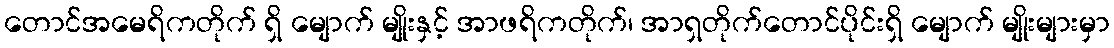
တောင်အမေရိကတိုက် ရှိ မျောက် မျိုးနှင့် အာဖရိကတိုက်၊ အာရှတိုက်တောင်ပိုင်းရှိ မျောက် မျိုးများမှာ